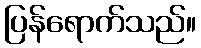
ပြန်ရောက်သည်။